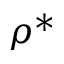
\rho ^ { * }